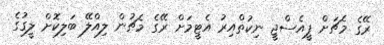
ރޭގެ މެޗަށް ޕީއެސްޖީ ނިކުތްއިރު އެޓީމަށް ރޭގެ މެޗުން ލިއްލޭ ބަލިކޮށް ލީގުގެ